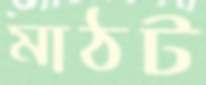
মাঠট